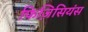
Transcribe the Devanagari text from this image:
फिज़िसियंस